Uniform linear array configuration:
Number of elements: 32
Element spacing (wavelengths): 1
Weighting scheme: cosine
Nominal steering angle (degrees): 0
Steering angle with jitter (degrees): -0.02044
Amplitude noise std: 0.05
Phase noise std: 0.05

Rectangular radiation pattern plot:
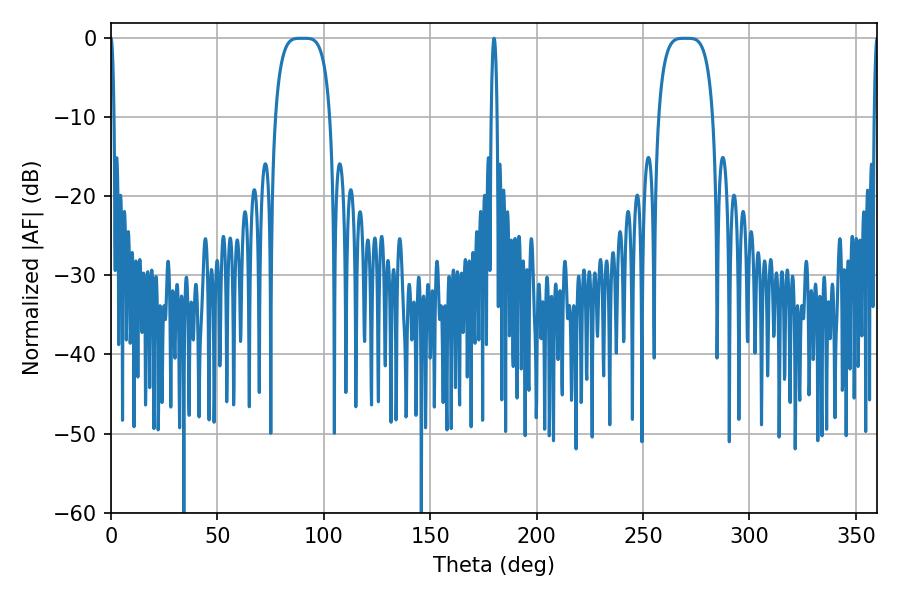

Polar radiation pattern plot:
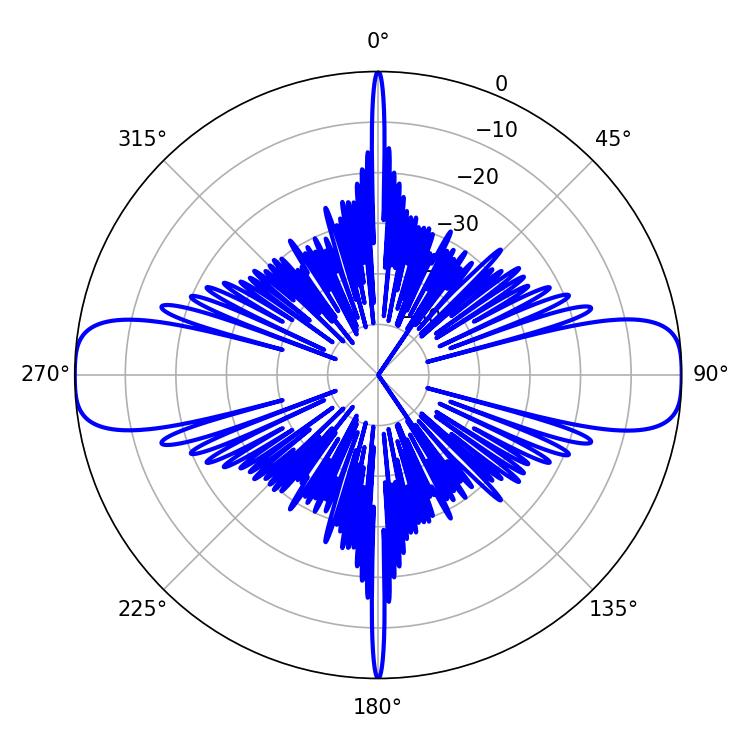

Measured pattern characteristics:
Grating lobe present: TRUE
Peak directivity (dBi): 29.82
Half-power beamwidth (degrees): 19.44
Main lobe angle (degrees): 89.28